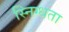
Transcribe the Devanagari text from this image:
स्निग्‍धता